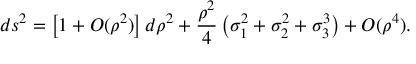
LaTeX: d s ^ { 2 } = \left[ 1 + O ( \rho ^ { 2 } ) \right] d \rho ^ { 2 } + \frac { \rho ^ { 2 } } { 4 } \left( \sigma _ { 1 } ^ { 2 } + \sigma _ { 2 } ^ { 2 } + \sigma _ { 3 } ^ { 3 } \right) + O ( \rho ^ { 4 } ) .